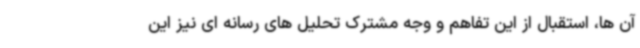
آن ها، استقبال از این تفاهم و وجه مشترک تحلیل های رسانه ای نیز این